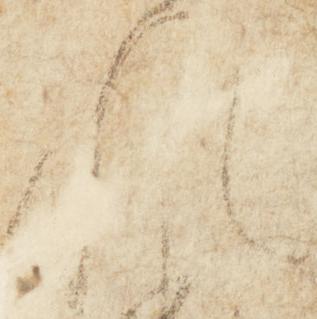
れ